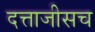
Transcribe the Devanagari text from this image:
दत्ताजीसच